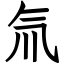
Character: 氚